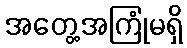
အတွေ့အကြုံမရှိ